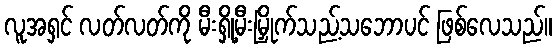
လူအရှင် လတ်လတ်ကို မီးရှို့မီးမြှိုက်သည့်သဘောပင် ဖြစ်လေသည်။